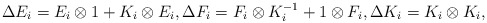
\begin{align*}\Delta E_{i}=E_{i}\otimes 1+K_{i}\otimes E_{i},\Delta F_{i}=F_{i}\otimes K_{i}^{-1}+1\otimes F_{i},\Delta K_{i}=K_{i}\otimes K_{i},\end{align*}